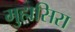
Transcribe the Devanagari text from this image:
मुहासिरा